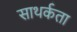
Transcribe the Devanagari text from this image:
साथर्कता